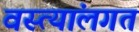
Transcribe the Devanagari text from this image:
वस्त्यांलगत